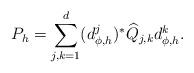
LaTeX: \begin{align*} P_{h} = \sum_{j , k = 1}^{d} ( d_{\phi , h}^{j} )^{*} \widehat{Q}_{j , k} d_{\phi , h}^{k} .\end{align*}